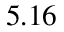
5 . 1 6